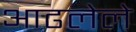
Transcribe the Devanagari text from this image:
आढलेले